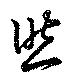
然